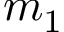
m _ { 1 }